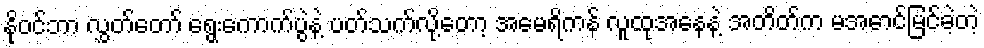
နိုဝင်ဘာ လွှတ်တော် ရွေးကောက်ပွဲနဲ့ ပတ်သက်လို့တော့ အမေရိကန် လူထုအနေနဲ့ အတိတ်က မအောင်မြင်ခဲ့တဲ့